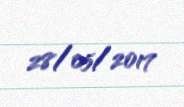
28/05/2017